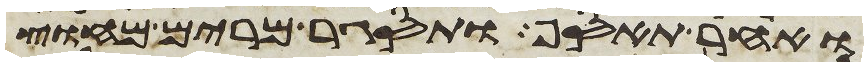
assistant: ואחר תאסף ותסגר מרים מחוץ